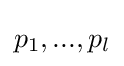
p_{1},...,p_{l}